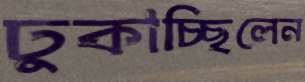
ঢুকাচ্ছিলেন